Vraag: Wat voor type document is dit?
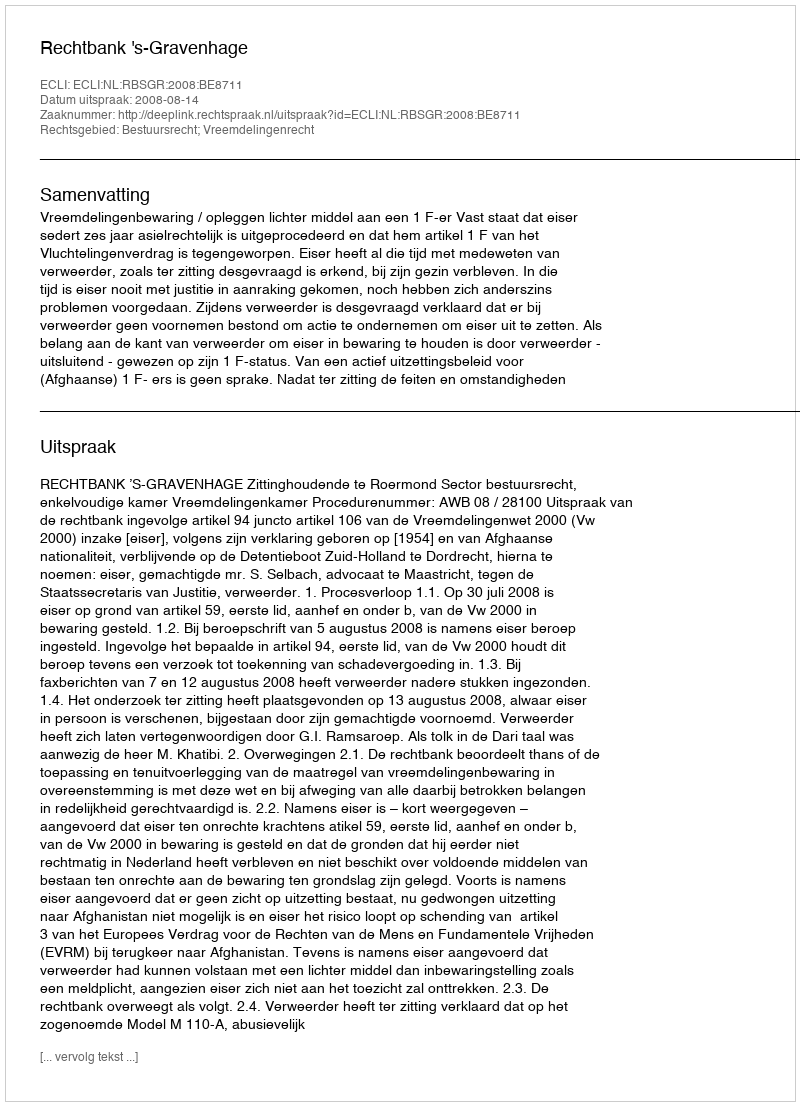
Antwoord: Uitspraak